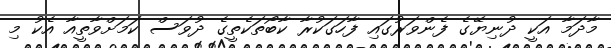
މާދަމާ އަކީ ދުނިޔޭގެ ފެންވަރުގައި ފާހަގަކުރާ ކާބޯތަކެތީގެ ދުވަސް ކަމަށްވާތީއާ އެކު މި